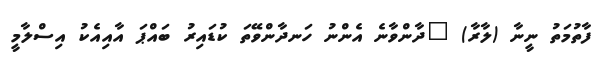
ފާތުމަތު ނީނާ (ލާރާ) "ދާންވާނެ އެންނު ހަނދާންވޭތަ ކުޑައިރު ބައްޕަ އާއިއެކު އިސްލާމީ